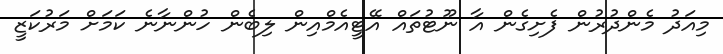
މިއަދު މެންދުރުން ފެށިގެން އާ ނޫޓުތައް އޭޓީއެމްއިން ލިބެން ހުންނާނެ ކަމަށް މަރުކަޒީ